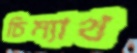
চিম্যাথ